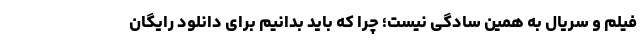
فیلم و سریال به همین سادگی نیست؛ چرا که باید بدانیم برای دانلود رایگان